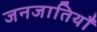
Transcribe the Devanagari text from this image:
जनजातियॉं